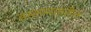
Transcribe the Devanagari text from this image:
इस्लामावरील